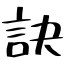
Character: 訣